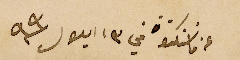
عن ماننكتون في ١٣ ايلول سنة ٩٩